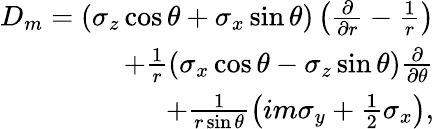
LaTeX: \begin{array}{r}{D_{m}=\left(\sigma_{z}\cos\theta+\sigma_{x}\sin\theta\right)\left(\frac{\partial}{\partial r}-\frac{1}{r}\right)}\\ {+\frac{1}{r}\left(\sigma_{x}\cos\theta-\sigma_{z}\sin\theta\right)\frac{\partial}{\partial\theta}}\\ {+\frac{1}{r\sin\theta}\left(im\sigma_{y}+\frac{1}{2}\sigma_{x}\right),}\end{array}